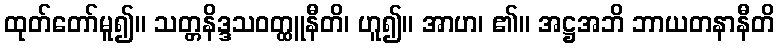
ထုတ်တော်မူ၍။ သတ္တနိဒ္ဒသဝတ္ထူနီတိ၊ ဟူ၍။ အာဟ၊ ၏။ အဋ္ဌအဘိ ဘာယတနာနီတိ